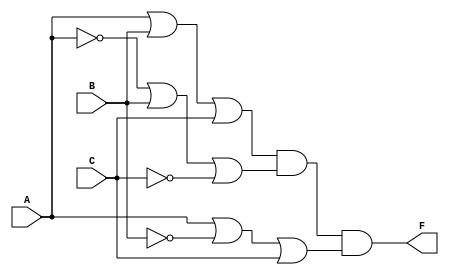
module pos_simplification (
    input wire A,  // Input variable A
    input wire B,  // Input variable B
    input wire C,  // Input variable C
    output wire F  // Output of the POS expression
);

// Intermediate wires for the sum terms
wire sum1, sum2, sum3;

// Implementing the sum terms using OR gates
assign sum1 = A | B | C;          // A + B + C
assign sum2 = ~A | B | ~C;        // A' + B + C'
assign sum3 = A | ~B | C;         // A + B' + C

// Final output F is the AND of the sum terms
assign F = sum1 & sum2 & sum3;    // (A + B + C)(A' + B + C')(A + B' + C)

endmodule